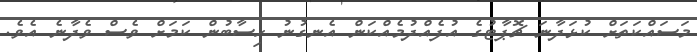
މަސައްކަތަށް ކުޅަދާނަ ޗޮޕާޓުގެ އުފެއްދުމެއްކަން އެނގުނު ހިސާބުން ކަމަށް ވެސް ވެދާނެ އެވެ.